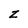
Character: z